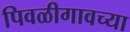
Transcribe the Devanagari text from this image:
पिवळीगावच्या